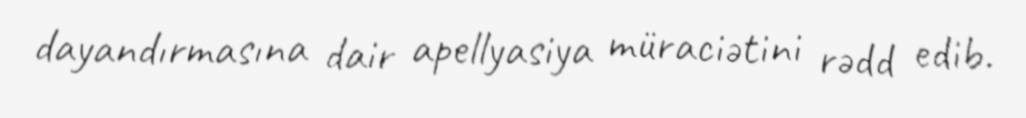
dayandırmasına dair apellyasiya müraciətini rədd edib.